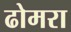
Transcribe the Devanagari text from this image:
ढोमरा